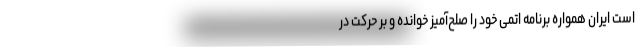
است ایران همواره برنامه اتمی خود را صلح‌آمیز خوانده و بر حرکت در